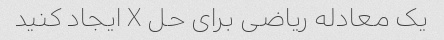
یک معادله ریاضی برای حل X ایجاد کنید